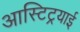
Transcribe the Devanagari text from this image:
आस्टिट्रयाई